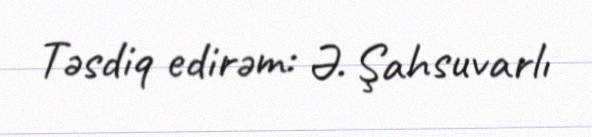
Təsdiq edirəm: Ə. Şahsuvarlı